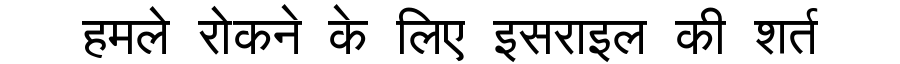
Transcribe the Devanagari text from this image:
हमले रोकने के लिए इसराइल की शर्त